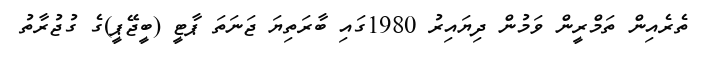
ތެރެއިން ތަމްރީން ވަމުން ދިޔައިރު 1980ގައި ބާރަތިޔަ ޖަނަތަ ޕާޓީ (ބީޖޭޕީ)ގެ ގުޖުރާތު